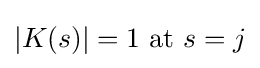
|K(s)|=1{\text{ at }}s=j